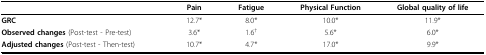
|  | Pain | Fatigue | Physical Function | Global quality of life |
 | --- | --- | --- | --- | --- |
 | GRC | 12.7* | 8.0* | 10.0* | 11.9* |
 | Observed changes (Post-test - Pre-test) | 3.6* | 1.6† | 5.6* | 6.0* |
 | Adjusted changes (Post-test - Then-test) | 10.7* | 4.7* | 17.0* | 9.9* |